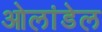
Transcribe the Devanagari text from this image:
ओलांडेल